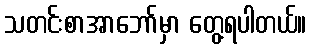
သတင်းစာအာဘော်မှာ တွေ့ရပါတယ်။